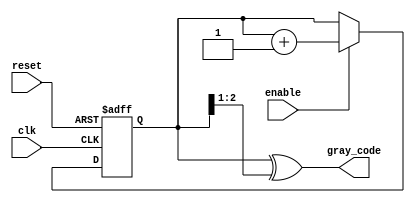
module gray_code_counter #(
    parameter N = 3 // Number of bits for the Gray code counter
) (
    input wire clk,       // Clock input
    input wire enable,    // Enable signal
    input wire reset,     // Reset signal
    output reg [N-1:0] gray_code // Output Gray code value
);

    reg [N-1:0] binary_count; // Intermediate binary counter

    // Function to convert binary to Gray code
    function [N-1:0] binary_to_gray;
        input [N-1:0] binary;
        begin
            binary_to_gray = binary ^ (binary >> 1);
        end
    endfunction

    // Sequential logic for counting
    always @(posedge clk or posedge reset) begin
        if (reset) begin
            binary_count <= 0; // Initialize to 0
        end else if (enable) begin
            binary_count <= binary_count + 1; // Increment binary counter
        end
    end

    // Generate Gray code output from binary counter
    always @(binary_count) begin
        gray_code = binary_to_gray(binary_count); // Convert binary to Gray code
    end

endmodule